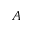
A